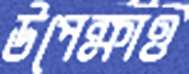
উপেক্ষাও